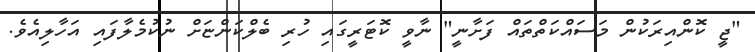
"ޖީ ކޮންއިރަކުން މަސައްކަތްތައް ފަށާނީ" ނާވީ ކޮޓަރީގައި ހުރި ބެލްކަންޏަށް ނުކުމެލާފައި އަހާލިއެވެ.